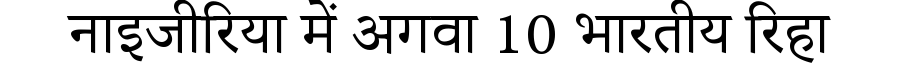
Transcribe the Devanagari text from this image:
नाइजीरिया में अगवा 10 भारतीय रिहा